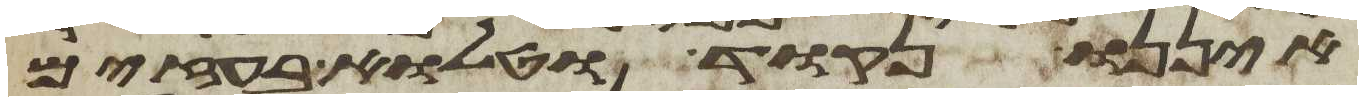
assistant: איננו נקוד וטלוא בעזים